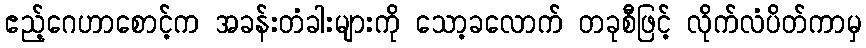
ဧည့်ဂေဟာစောင့်က အခန်းတံခါးများကို သော့ခလောက် တခုစီဖြင့် လိုက်လံပိတ်ကာမှ